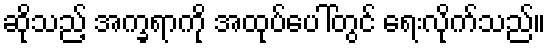
ဆိုသည့် အက္ခရာကို အထုပ်ပေါ်တွင် ရေးလိုက်သည်။